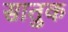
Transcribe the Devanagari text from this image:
सातुक